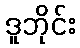
ဒူဘိုင်း